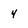
Character: 4